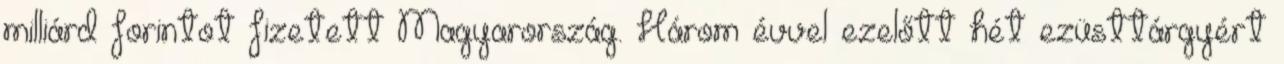
milliárd forintot fizetett Magyarország. Három évvel ezelőtt hét ezüsttárgyért